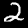
Digit: 2